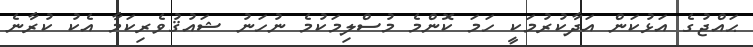
ޙައްޖުގެ އަޅުކަން އަދާކުރުމަކީ ހަމަ ކޮންމެ މުސްލިމަކުމެ ނުހަނު ޝައުޤުވެރިކަމާ އެކު ކުރާނެ